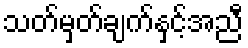
သတ်မှတ်ချက်နှင့်အညီ